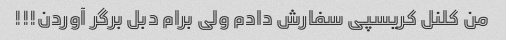
من کلنل کریسپی سفارش دادم ولی برام دبل برگر آوردن!!!